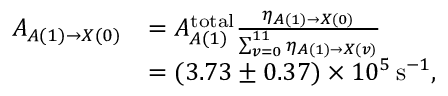
\begin{array} { r l } { A _ { A ( 1 ) \rightarrow X ( 0 ) } } & { = A _ { A ( 1 ) } ^ { \mathrm { t o t a l } } \frac { \ensuremath { \eta } _ { A ( 1 ) \rightarrow X ( 0 ) } } { \sum _ { v = 0 } ^ { 1 1 } \ensuremath { \eta } _ { A ( 1 ) \rightarrow X ( v ) } } } \\ & { = ( 3 . 7 3 \pm 0 . 3 7 ) \times 1 0 ^ { 5 } \, \mathrm { s } ^ { - 1 } , } \end{array}